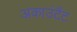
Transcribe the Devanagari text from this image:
अकाउंटैंट